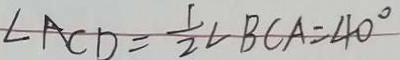
\angle A C D = \frac { 1 } { 2 } \angle B C A = 4 0 ^ { \circ }